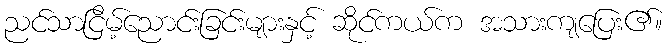
ညင်သာငြိမ့်ညောင်းခြင်းများနှင့် ဆိုင်ကယ်က အသားကျပြေး၏။